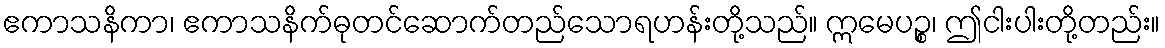
ဧကာသနိကာ၊ ဧကာသနိက်ဓုတင်ဆောက်တည်သောရဟန်းတို့သည်။ ဣမေပဉ္စ၊ ဤငါးပါးတို့တည်း။